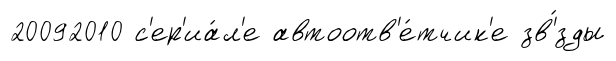
20092010 с'ер'иа́л'е автоотв'е́тчик'е зв'́зды